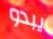
يبدو